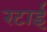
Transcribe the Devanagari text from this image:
रटाई